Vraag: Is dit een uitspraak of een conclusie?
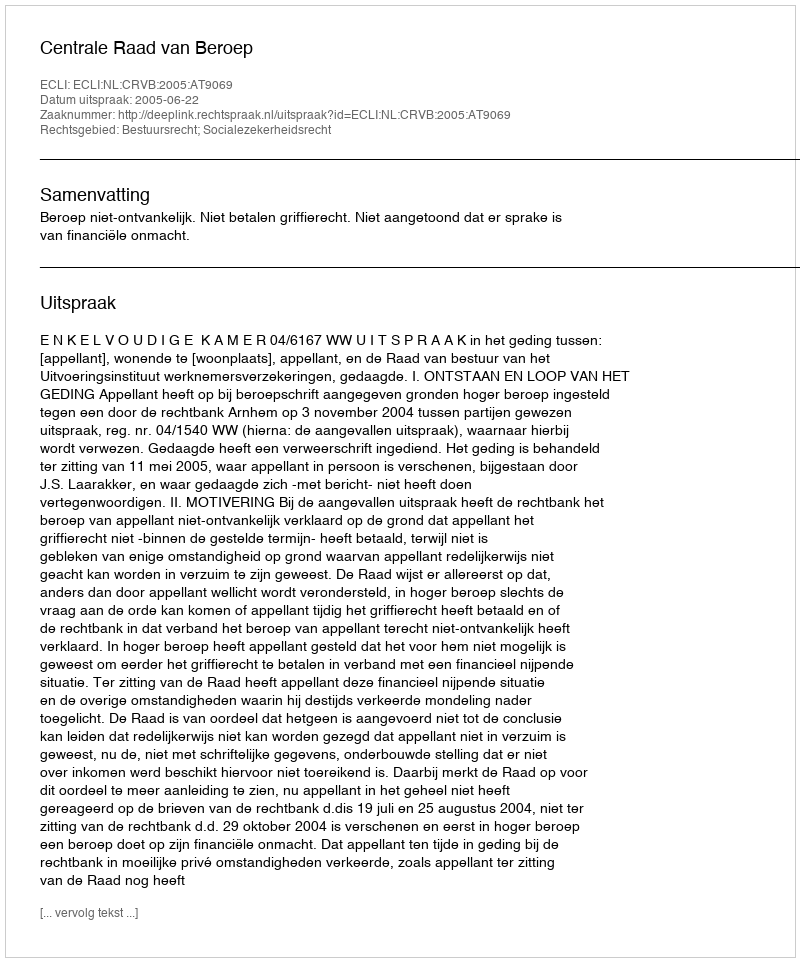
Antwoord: Uitspraak